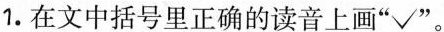
1.在文中括号里正确的读音上画”√”。